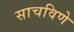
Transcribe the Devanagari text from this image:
साचविणे